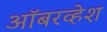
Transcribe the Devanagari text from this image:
ऑबरव्हेश